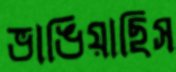
ভাঙিয়াছিস